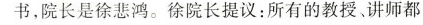
书，院长是徐悲鸿。徐院长提议：所有的教授、讲师都